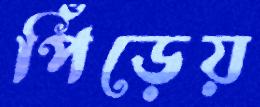
পিঁড়েয়